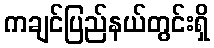
ကချင်ပြည်နယ်တွင်းရှိ